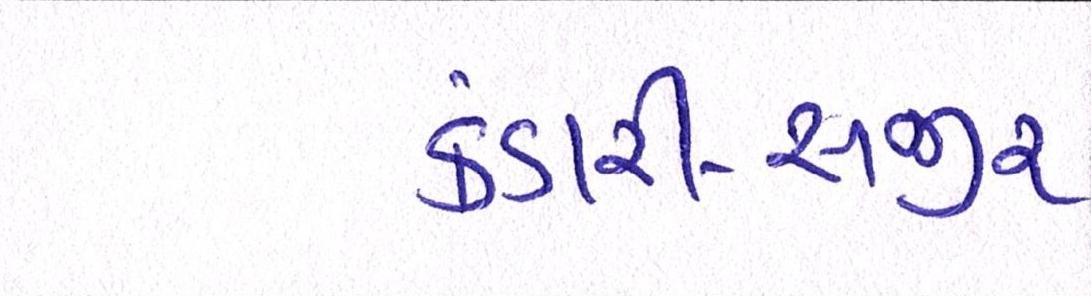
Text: કંડારી-સજીર્